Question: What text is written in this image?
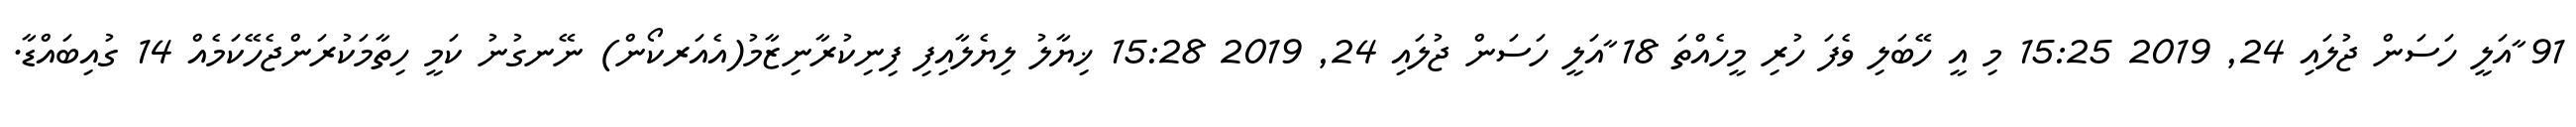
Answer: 91 ާއަލީ ހަސަން ޖުލައި 24, 2019 15:25 މި އީ ހޭބަލި ވެފަ ހުރި މީހެއްތަ 18 ާއަލީ ހަސަން ޖުލައި 24, 2019 15:28 ޚިޔާލު ލިޔެލާއިފި ފިނިކުރާނިޒާމު(އެއަރކޯން) ނޭނގުނު ކަމީ ހިތާމަކުރަންޖެހޭކަމެއް 14 ގުއިބައްޑާ.